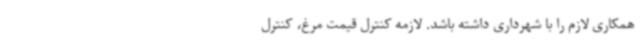
همکاری لازم را با شهرداری داشته باشد. لازمه کنترل قیمت مرغ، کنترل